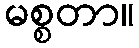
မစ္စတာ။